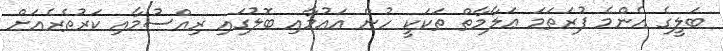
ބަލީގެ އެންމެ ފުރަތަމަ ޢަލާމާތް ތަކަކީ ހުން އައުމާއި ބޮލުގައި ރިއްސުމާއި ކަރުތެރެއަށް